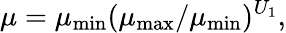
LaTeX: \mu=\mu_{\mathrm{{min}}}(\mu_{\mathrm{{max}}}/\mu_{\mathrm{{min}}})^{U_{1}},